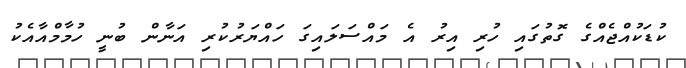
ކުޑަކުއްޖެއްގެ ގޮތުގައި ހުރި އިރު އެ މައްސަލައިގަ ހައްޔަރުކުރި އަނާން ބުނީ ހުމާމްއާއެކު